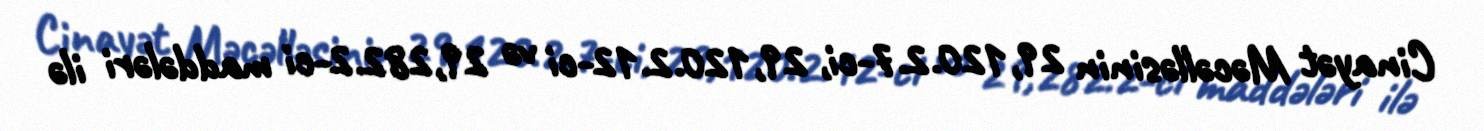
Cinayət Məcəlləsinin 29,120.2.7-ci, 29,120.2.12-ci və 29,282.2-ci maddələri ilə